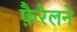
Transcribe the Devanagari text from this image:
फ़ैरेलने